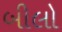
બીલો